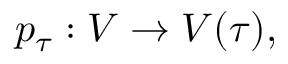
p _ { \tau } : V \to V ( \tau ) ,